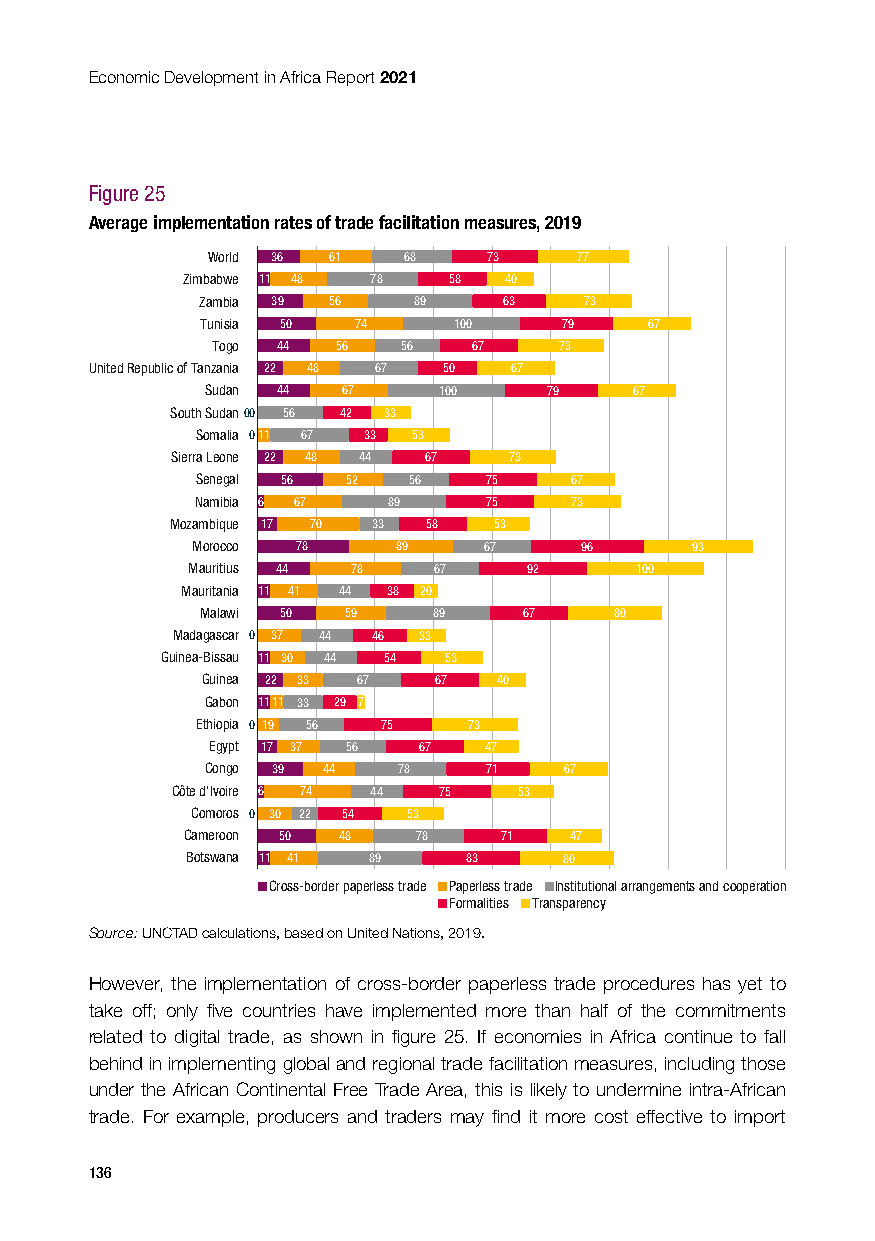
Economic Development in Africa Report 2021
 Figure 25
 Average implementation rates of trade facilitation measures, 2019
 World 36 61  68   73    77
 Zimbabwe 11 48 78 58 40
 Zambia 39 56  89    63    73
 Tunisia 50 74    100    79    67
 Togo 44 56   56  67    73
 United Republic of Tanzania 22 48 67 50 67
 Sudan 44 67    100    79    67
 South Sudan00 56 42 33
 Somalia 011 67 33 53
 Sierra Leone 22 48 44 67 73
 Senegal 56 52 56   75    67
 Namibia 6 67 89    75    73
 Mozambique 17 70 33 58 53
 Morocco 78   89    67    96      93
 Mauritius 44 78  67    92     100
 Mauritania 11 41 44 38 20
 Malawi 50 59    89    67    80
 Madagascar 0 37 44 46 33
 Guinea-Bissau 11 30 44 54 53
 Guinea 22 33 67 67  40
 Gabon 1111 33 29 7
 Ethiopia 0 19 56 75 73
 Egypt 17 37 56 67 47
 Congo 39 44 78    71   67
 Côte d’Ivoire 6 74 44 75 53
 Comoros 0 30 22 54 53
 Cameroon 50 48 78    71   47
 Botswana 11 41 89  83    80
 Cross-border paperless trade Paperless trade Institutional arrangements and cooperation
 Formalities Transparency
 Source: UNCTAD calculations, based on United Nations, 2019.
 However, the implementation of cross-border paperless trade procedures has yet to
 take off; only five countries have implemented more than half of the commitments
 related to digital trade, as shown in figure 25. If economies in Africa continue to fall
 behind in implementing global and regional trade facilitation measures, including those
 under the African Continental Free Trade Area, this is likely to undermine intra-African
 trade. For example, producers and traders may find it more cost effective to import
 136